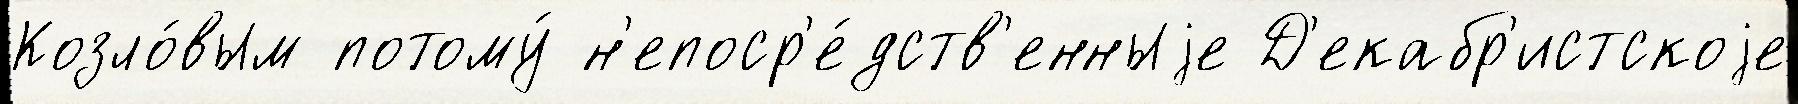
Козло́вым потому́ н'епоср'е́дств'енныjе Д'екабр'истскоjе